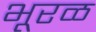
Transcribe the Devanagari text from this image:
भूरळ